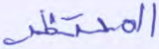
المحتظر